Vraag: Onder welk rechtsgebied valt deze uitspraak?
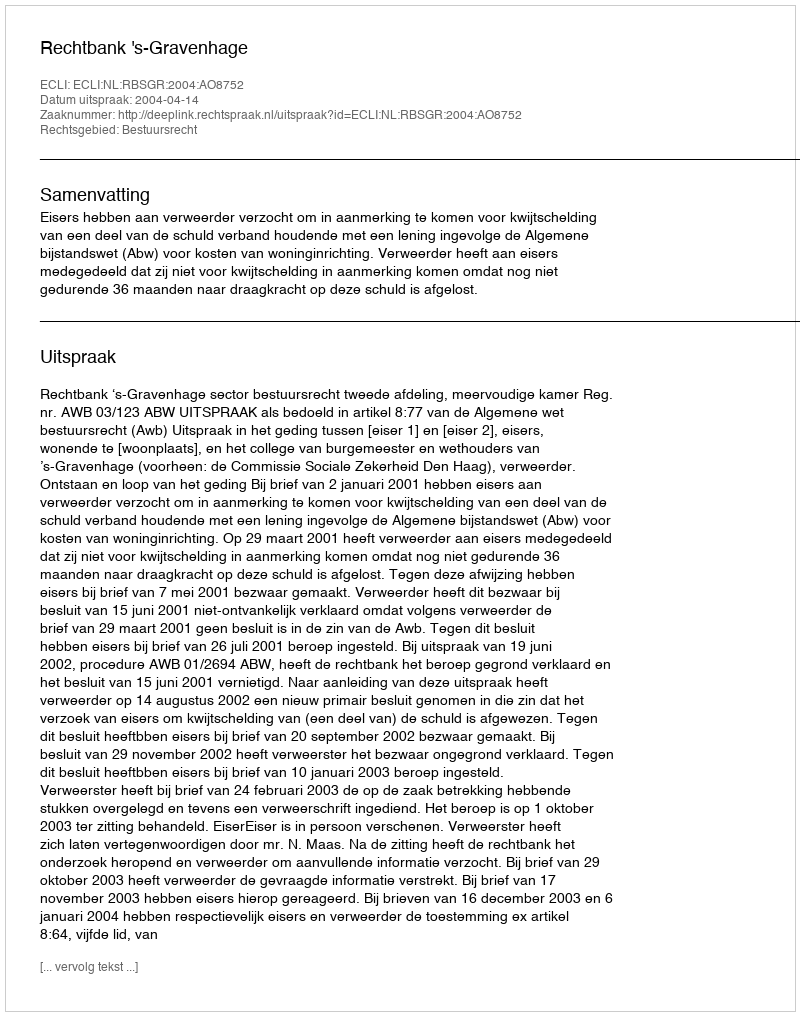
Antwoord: Bestuursrecht